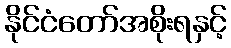
နိုင်ငံတော်အစိုးရနှင့်